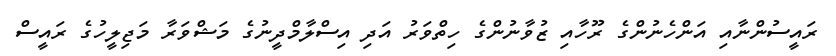
ރައީސުންނާއި އަންހެނުންގެ ރޫހާއި ޒުވާނުންގެ ހިތްވަރު އަދި އިސްލާމްދީނުގެ މަޝްވަރާ މަޖިލީހުގެ ރައީސް